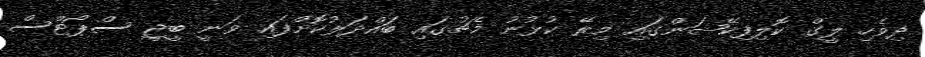
ދިވެހި ލީގް ކޮލިފިކޭޝަންގައި މިރޭ ކުޅުނު މެޗުގައި ބައްދަލުކޮށްފައި ވަނީ ބީޖީ ސްޕޯޓްސް